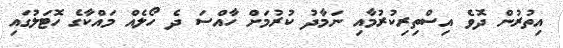
އިތުރުން ދޮވެ އިސްތިރިކުރުމާއި ނަމާދު ކުރުމަށް ހާއްސަ ދެ ހޯލެއް މައްކާގެ ހޮޓަލުގައި